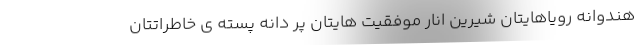
هندوانه رویاهایتان شیرین انار موفقیت هایتان پر دانه پسته ی خاطراتتان